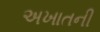
અખાતની